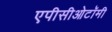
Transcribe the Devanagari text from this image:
एपीसीओटॉमी